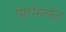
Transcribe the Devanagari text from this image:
पेशींमार्फत